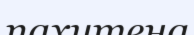
пахитена